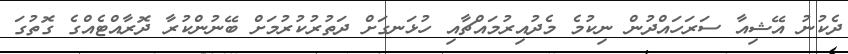
ދެކުނު އޭޝިއާ ސަރަހައްދުން ނިކުމެ މެދުއިރުމައްޗާއި ހުޅަނގަށް ދަތުރުކުރުމަށް ބޭނުންކުރާ ދޮރާއްޓެއްގެ ގޮތުގަ